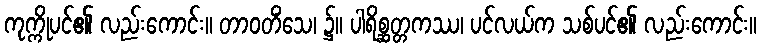
ကုက္ကိုပင်၏ လည်းကောင်း။ တာဝတိံသေ၊ ၌။ ပါရိစ္ဆတ္တကဿ၊ ပင်လယ်က သစ်ပင်၏ လည်းကောင်း။